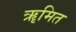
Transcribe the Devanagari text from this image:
ॠमित